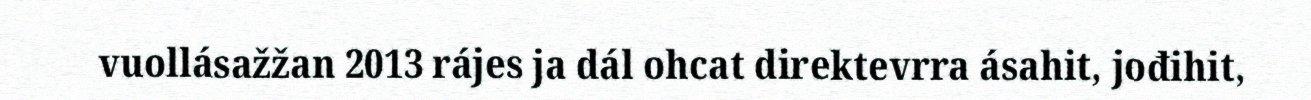
vuollásažžan 2013 rájes ja dál ohcat direktevrra ásahit, jođihit,